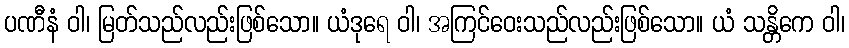
ပဏီနံ ဝါ၊ မြတ်သည်လည်းဖြစ်သော။ ယံဒုရေ ဝါ၊ အကြင်ဝေးသည်လည်းဖြစ်သော။ ယံ သန္တိကေ ဝါ၊